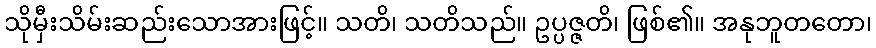
သိုမှီးသိမ်းဆည်းသောအားဖြင့်။ သတိ၊ သတိသည်။ ဥပ္ပဇ္ဇတိ၊ ဖြစ်၏။ အနုဘူတတော၊